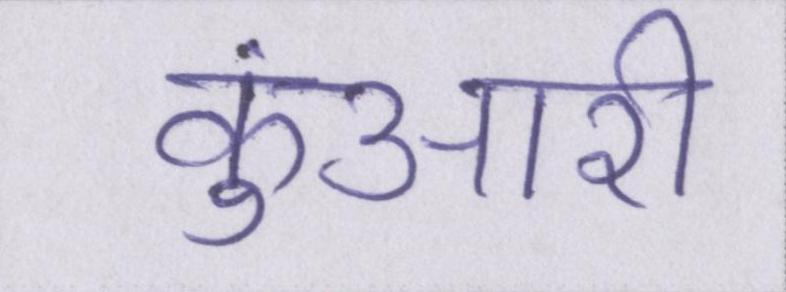
कुंआरी